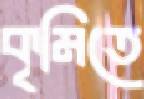
কৃমিতে